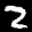
Label: 2